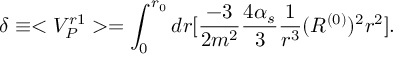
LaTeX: \delta \equiv < V _ { P } ^ { r 1 } > = \int _ { 0 } ^ { r _ { 0 } } d r [ { \frac { - 3 } { 2 m ^ { 2 } } } { \frac { 4 \alpha _ { s } } { 3 } } { \frac { 1 } { r ^ { 3 } } } ( R ^ { ( 0 ) } ) ^ { 2 } r ^ { 2 } ] .